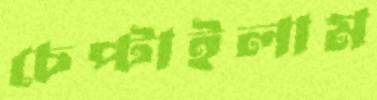
চেপ্‌টাইলাম